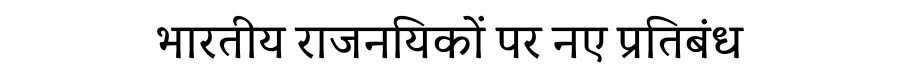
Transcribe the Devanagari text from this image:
भारतीय राजनयिकों पर नए प्रतिबंध